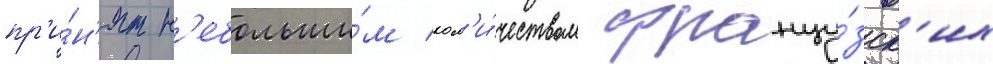
пр'и́н'ят н'ебольши́м кол'и́чеством францу́зск'их